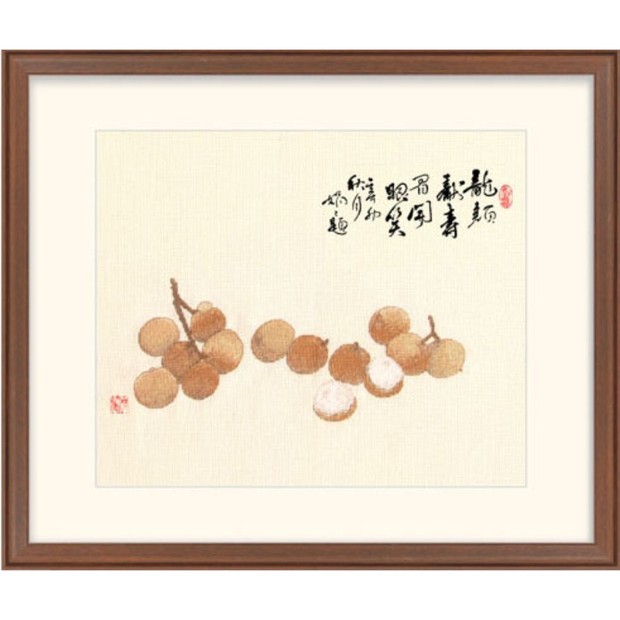
望家思献寿，算甲恨长年。